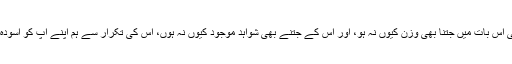
ارباب ِ اختیار کی اس بات میں جتنا بھی وزن کیوں نہ ہو، اور اس کے جتنے بھی شواہد موجود کیوں نہ ہوں، اس کی تکرار سے ہم اپنے آپ کو آسودہ نہیں کر سکتے۔